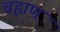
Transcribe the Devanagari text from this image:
चह्नाण